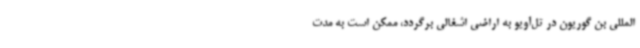
‌المللی بن گوریون در تل‌آویو به اراضی اشغالی برگردد، ممکن است به مدت